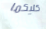
كليكما